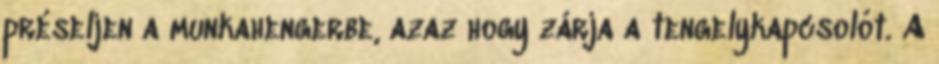
préseljen a munkahengerbe, azaz hogy zárja a tengelykapcsolót. A